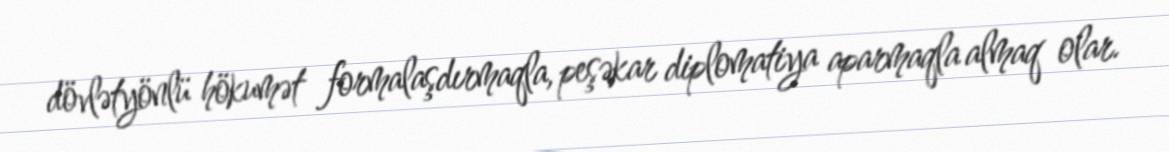
dövlətyönlü hökumət formalaşdırmaqla, peşəkar diplomatiya aparmaqla almaq olar.